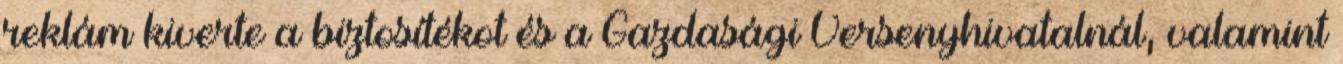
reklám kiverte a biztosítékot és a Gazdasági Versenyhivatalnál, valamint